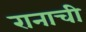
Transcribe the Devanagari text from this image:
रानाची